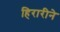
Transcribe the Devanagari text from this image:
हिरारीने